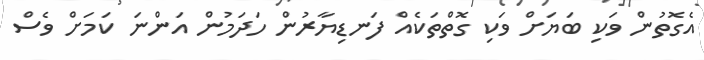
އެގޮތުން ވަކި ބަޔަށް ވަކި ގޮތްތަކެއް ފަނޑިޔާރުން ހަދަމުން އަންނަ ކަމަށް ވެސް